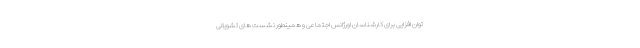
توان افزایی برای کارشناسان اورژانس اجتماعی و همینطور نشست های تشویقی